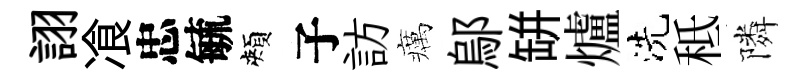
詡飡忠毓頰子訪癘鄔缾爐洗秪隣